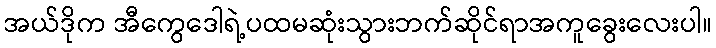
အယ်ဒိုက အီကွေဒေါရဲ့ပထမဆုံးသွားဘက်ဆိုင်ရာအကူခွေးလေးပါ။